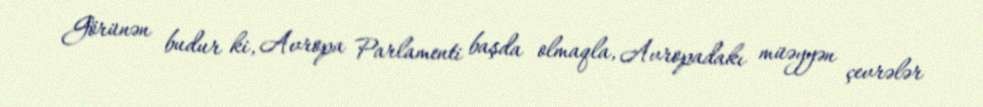
Görünən budur ki, Avropa Parlamenti başda olmaqla, Avropadakı müəyyən çevrələr